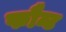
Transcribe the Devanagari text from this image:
फौन्ट